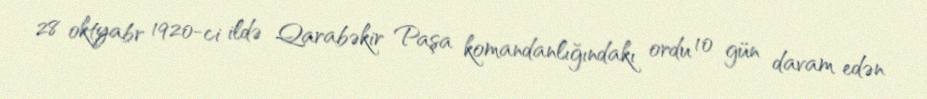
28 oktyabr 1920-ci ildə Qarabəkir Paşa komandanlığındakı ordu 10 gün davam edən